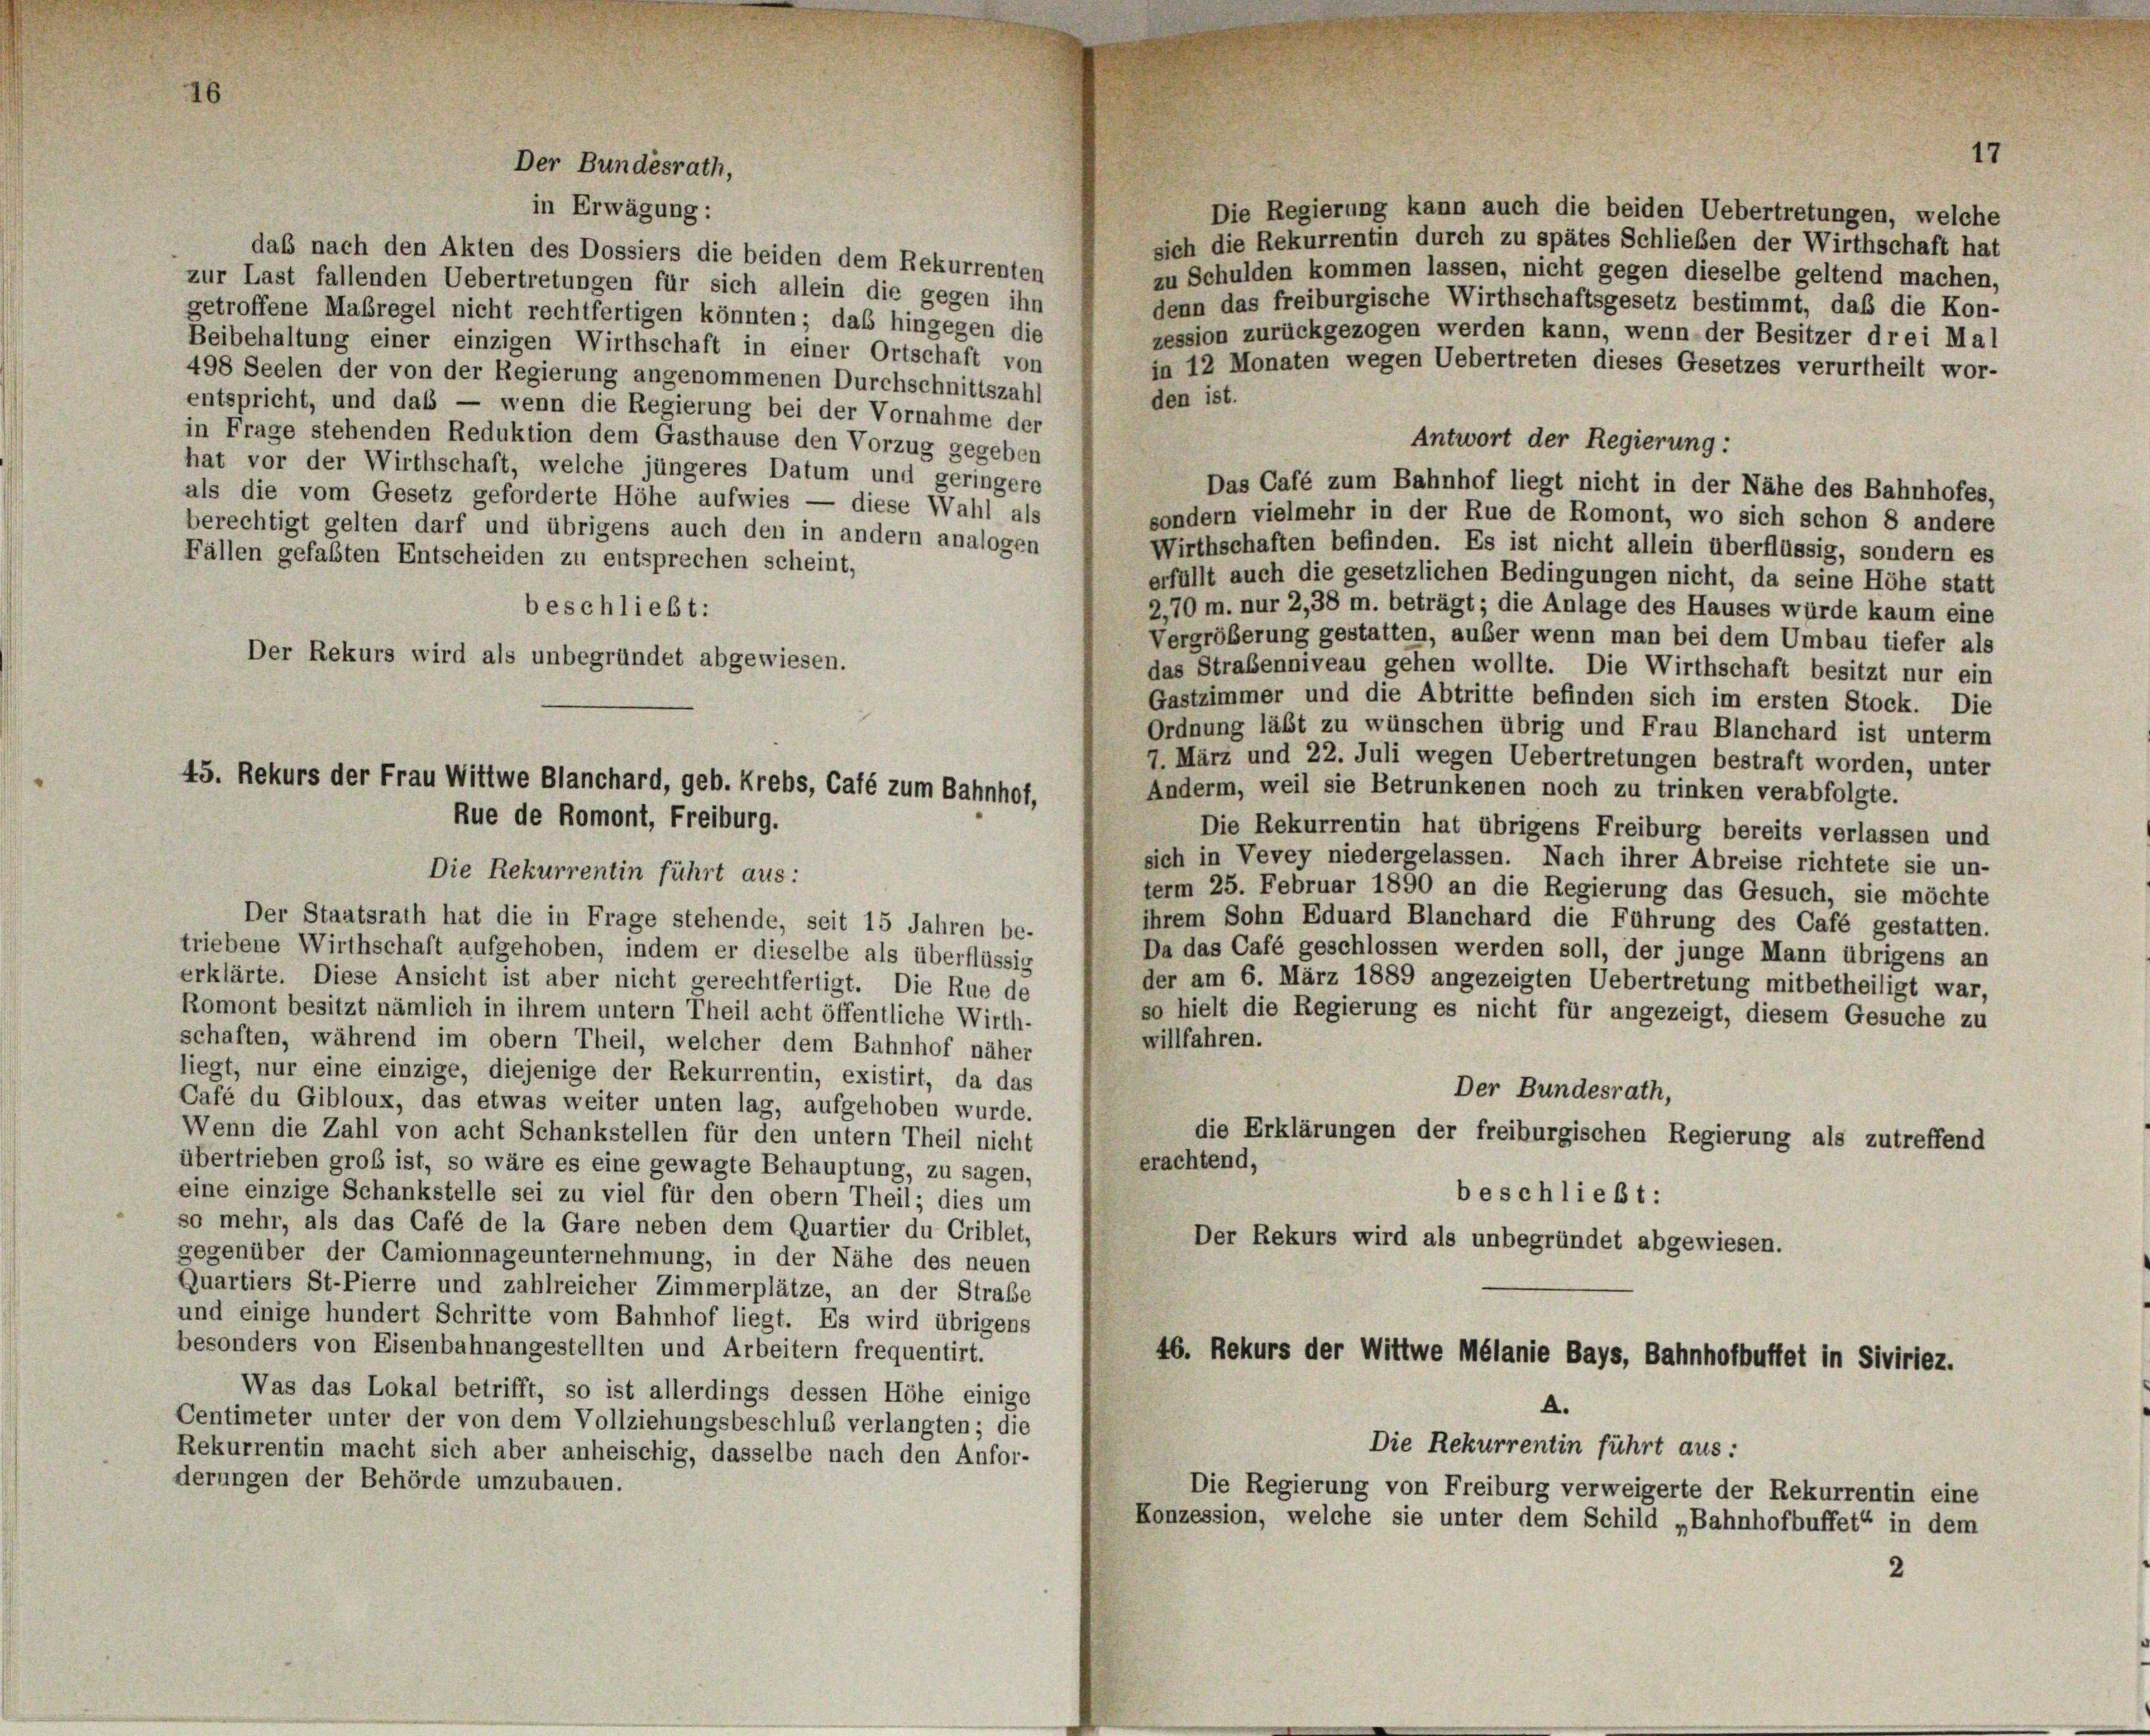
Die Regierung kann auch die beiden Uebertretungen, welche
sich die Rekurrentin durch zu spätes Schließen der Wirthschaft hat
daß nach den Akten des Dossiers die beiden dem Rekurrenten
zu Schulden kommen lassen, nicht gegen dieselbe geltend machen,
zur Last fallenden Uebertretungen für sich allein die gegen ihn
denn das freiburgische Wirthschaftsgesetz bestimmt, daß die Kon-
getroffene Maßregel nicht rechtfertigen könnten; das hingegen die
zession zurückgezogen werden kann, wenn der Besitzer drei Mal
Beibehaltung einer einzigen Wirthschaft in einer Ortschaft von
in 12 Monaten wegen Uebertreten dieses Gesetzes verurtheilt wor-
498 Seelen der von der Regierung angenommenen Durchschnittszahl
den ist.
entspricht, und das — wenn die Regierung bei der Vornahme der
in Frage stehenden Reduktion dem Gasthause den Vorzug gegeben
Antwort der Regierung:
hat vor der Wirthschaft, welche jüngeres Datum und geringere
Das Café zum Bahnhof liegt nicht in der Nähe des Bahnhofes,
als die vom Gesetz geforderte Höhe aufwies — diese Wahl als
sondern vielmehr in der Rue de Romont, wo sich schon 8 andere
berechtigt gelten darf und übrigens auch den in andern analogen
Wirthschaften befinden. Es ist nicht allein überflüssig, sondern es
Fällen gefaßten Entscheiden zu entsprechen scheint,
erfüllt auch die gesetzlichen Bedingungen nicht, da seine Höhe statt
2,70 m. nur 2, 38 m. beträgt; die Anlage des Hauses würde kaum eine
beschließt:
Vergrößerung gestatten, außer wenn man bei dem Umbau tiefer als
das Straßenniveau gehen wollte. Die Wirthschaft besitzt nur ein
Gastzimmer und die Abtritte befinden sich im ersten Stock. Die
Ordnung läßt zu wünschen übrig und Frau Blanchard ist unterm
7. März und 22. Juli wegen Uebertretungen bestraft worden, unter
Anderm, weil sie Betrunkenen noch zu trinken verabfolgte.
Die Rekurrentin hat übrigens Freiburg bereits verlassen und
sich in Vevey niedergelassen. Nach ihrer Abreise richtete sie un-
term 25. Februar 1890 an die Regierung das Gesuch, sie möchte
Der Staatsrath hat die in Frage stehende, seit 15 Jahren be-
ihrem Sohn Eduard Blanchard die Führung des Café gestatten.
triebene Wirthschaft aufgehoben, indem er dieselbe als überflüssig
Da das Café geschlossen werden soll, der junge Mann übrigens an
erklärte. Diese Ansicht ist aber nicht gerechtfertigt. Die Rue de
der am 6. März 1889 angezeigten Uebertretung mitbetheiligt war,
Romont besitzt nämlich in ihrem untern Theil acht öffentliche Wirth-
so hielt die Regierung es nicht für angezeigt, diesem Gesuche zu
willfahren.
schaften, während im obern Theil, welcher dem Bahnhof näher
liegt, nur eine einzige, diejenige der Rekurrentin, existirt, da das
Der Bundesrath,
Café du Gibloux, das etwas weiter unten lag, aufgehoben wurde.
Wenn die Zahl von acht Schankstellen für den untern Theil nicht
die Erklärungen der freiburgischen Regierung als zutreffend
erachtend,
übertrieben groß ist, so wäre es eine gewagte Behauptung, zu sagen,
eine einzige Schankstelle sei zu viel für den obern Theil; dies um
beschließt:
so mehr, als das Café de la Gare neben dem Quartier du Criblet,
Der Rekurs wird als unbegründet abgewiesen.
gegenüber der Camionnageunternehmung, in der Nähe des neuen
Quartiers St-Pierre und zahlreicher Zimmerplätze, an der Straße
und einige hundert Schritte vom Bahnhof liegt. Es wird übrigens
besonders von Eisenbahnangestellten und Arbeitern frequentirt.
46. Rekurs der Wittwe Mélanie Bays, Bahnhofbuffet in Siviriez.
Was das Lokal betrifft, so ist allerdings dessen Höhe einige
A.
Centimeter unter der von dem Vollziehungsbeschluß verlangten; die
Die Rekurrentin führt aus :
Rekurrentin macht sich aber anheischig, dasselbe nach den Anfor-
derungen der Behörde umzubauen.
Die Regierung von Freiburg verweigerte der Rekurrentin eine
Konzession, welche sie unter dem Schild „Bahnhofbuffet“ in dem
2

Der Bundesrath,

Der Rekurs wird als unbegründet abgewiesen.

in Erwägung:

45. Rekurs der Frau Wittwe Blanchard, geb. Krebs, Café zum Bahnhof,
Rue de Romont, Freiburg.
Die Rekurrentin führt aus: